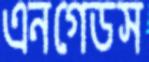
এনগেডস